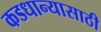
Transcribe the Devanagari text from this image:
कडधान्यासाठी